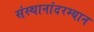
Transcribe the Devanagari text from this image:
संस्थानांदरम्यान